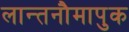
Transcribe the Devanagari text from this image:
लान्तनौमापुक